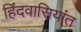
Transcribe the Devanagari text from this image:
हिंदवासियांत